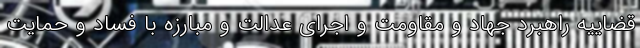
قضاییه راهبرد جهاد و مقاومت و اجرای عدالت و مبارزه با فساد و حمایت